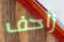
زاحف